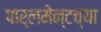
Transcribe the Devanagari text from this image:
पार्लमेन्टच्या